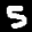
Label: 5